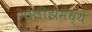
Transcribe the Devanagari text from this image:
मोलीझेमध्ये